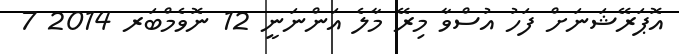
އޮޕަރޭޝަނަށް ފަހު އުސްވާ މިރޭ މާލެ އަންނަނީ 12 ނޮވެމްބަރ 2014 7